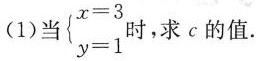
(1)当{ $$\left\{ \begin{matrix} x=3 \\ y=1 \\ \end{matrix} \right.$$ 时，求c的值。 y=1时，求c的值.